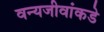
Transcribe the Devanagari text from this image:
वन्यजीवांकडे